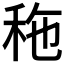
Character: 𥞀